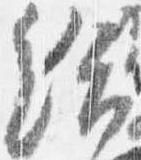
給